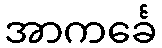
အာကင်္ခေ